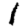
Digit: 1